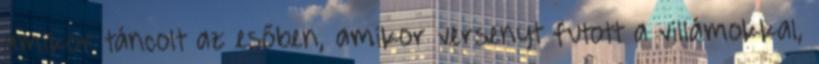
amikor táncolt az esőben, amikor versenyt futott a villámokkal,